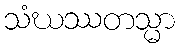
သံဃဿတသ္မာ